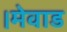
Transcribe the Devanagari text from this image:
।मेवाड